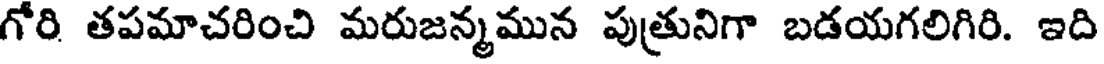
గోరి తపమాచరించి మరుజన్మమున పుత్రునిగా బడయగలిగిరి. ఇది